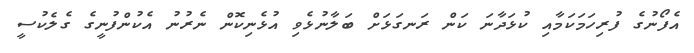
އެފޯނުގެ ފުރިހަމަކަމާއި ކުޅަދާނަ ކަން ރަނގަޅަށް ބަލާނުޅެވި އުޅެނިކޮން ނެރުނު އެކުންފުނީގެ ގެލެކުސީ